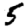
Digit: 5